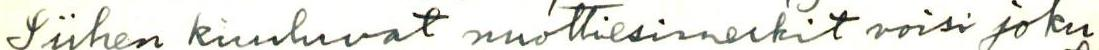
Siihen kuuluvat nuottiesimerkit voisi joku